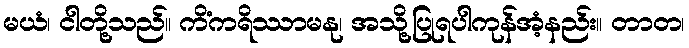
မယံ၊ ငါတို့သည်။ ကိံကရိဿာမနု၊ အသို့ပြုရပါကုန်အံ့နည်း။ တာတ၊